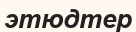
этюдтер